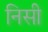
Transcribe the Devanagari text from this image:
निसी